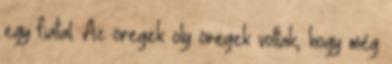
egy fiatal. Az öregek oly öregek voltak, hogy még